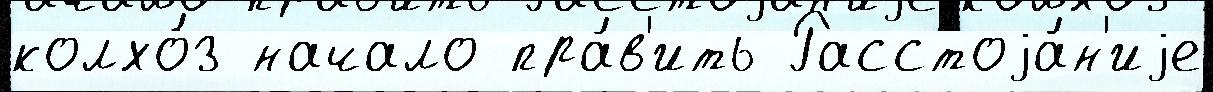
колхо́з начало пра́в'ить Расстоjа́н'иjе